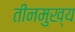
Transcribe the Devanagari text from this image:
तीनमुख्य